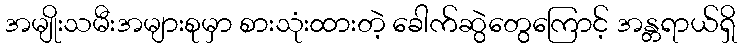
အမျိုးသမီးအများစုမှာ စားသုံးထားတဲ့ ခေါက်ဆွဲတွေကြောင့် အန္တရာယ်ရှိ